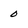
Character: 0